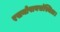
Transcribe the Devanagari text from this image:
रसनोपायसंस्थिता।